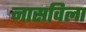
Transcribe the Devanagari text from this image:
नासविला